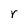
Character: r